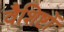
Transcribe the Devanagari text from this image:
वैशिष्टों